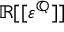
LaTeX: \mathbb { R } [ [ \varepsilon ^ { \mathbb { Q } } ] ]